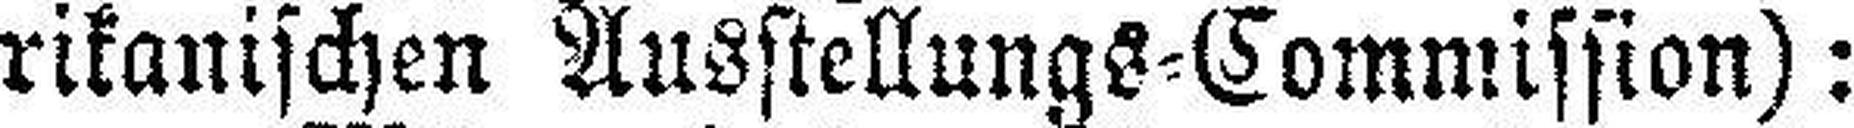
rikanischen Ausstellungs=Commission):